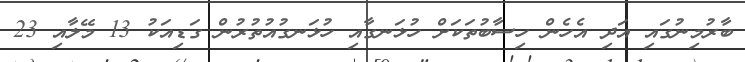
ބާރުމިނުގައި އަދި އެހެން ހިސާބުތަކަށް ހުޅަނގާއި ހުޅަނގުއުތުރުން ގަޑިއަކު 13 މޭލާއި 23